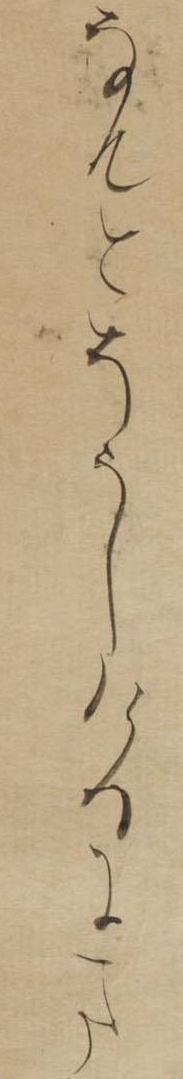
なんとそうしけるにま